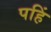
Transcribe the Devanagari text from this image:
पहिं